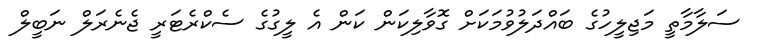
ސަލާމާތީ މަޖިލީހުގެ ބައްދަލުވުމަކަށް ގޮވާލިކަން ކަން އެ ލީގުގެ ސެކްރެޓަރީ ޖެނެރަލް ނަބީލް